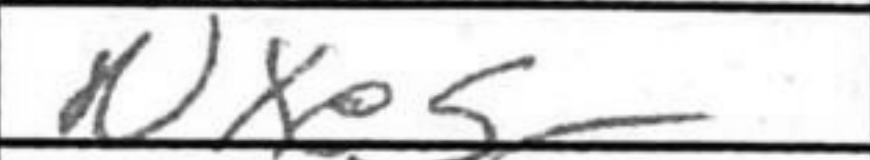
Transcription: Nxe5